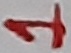
Text: 1